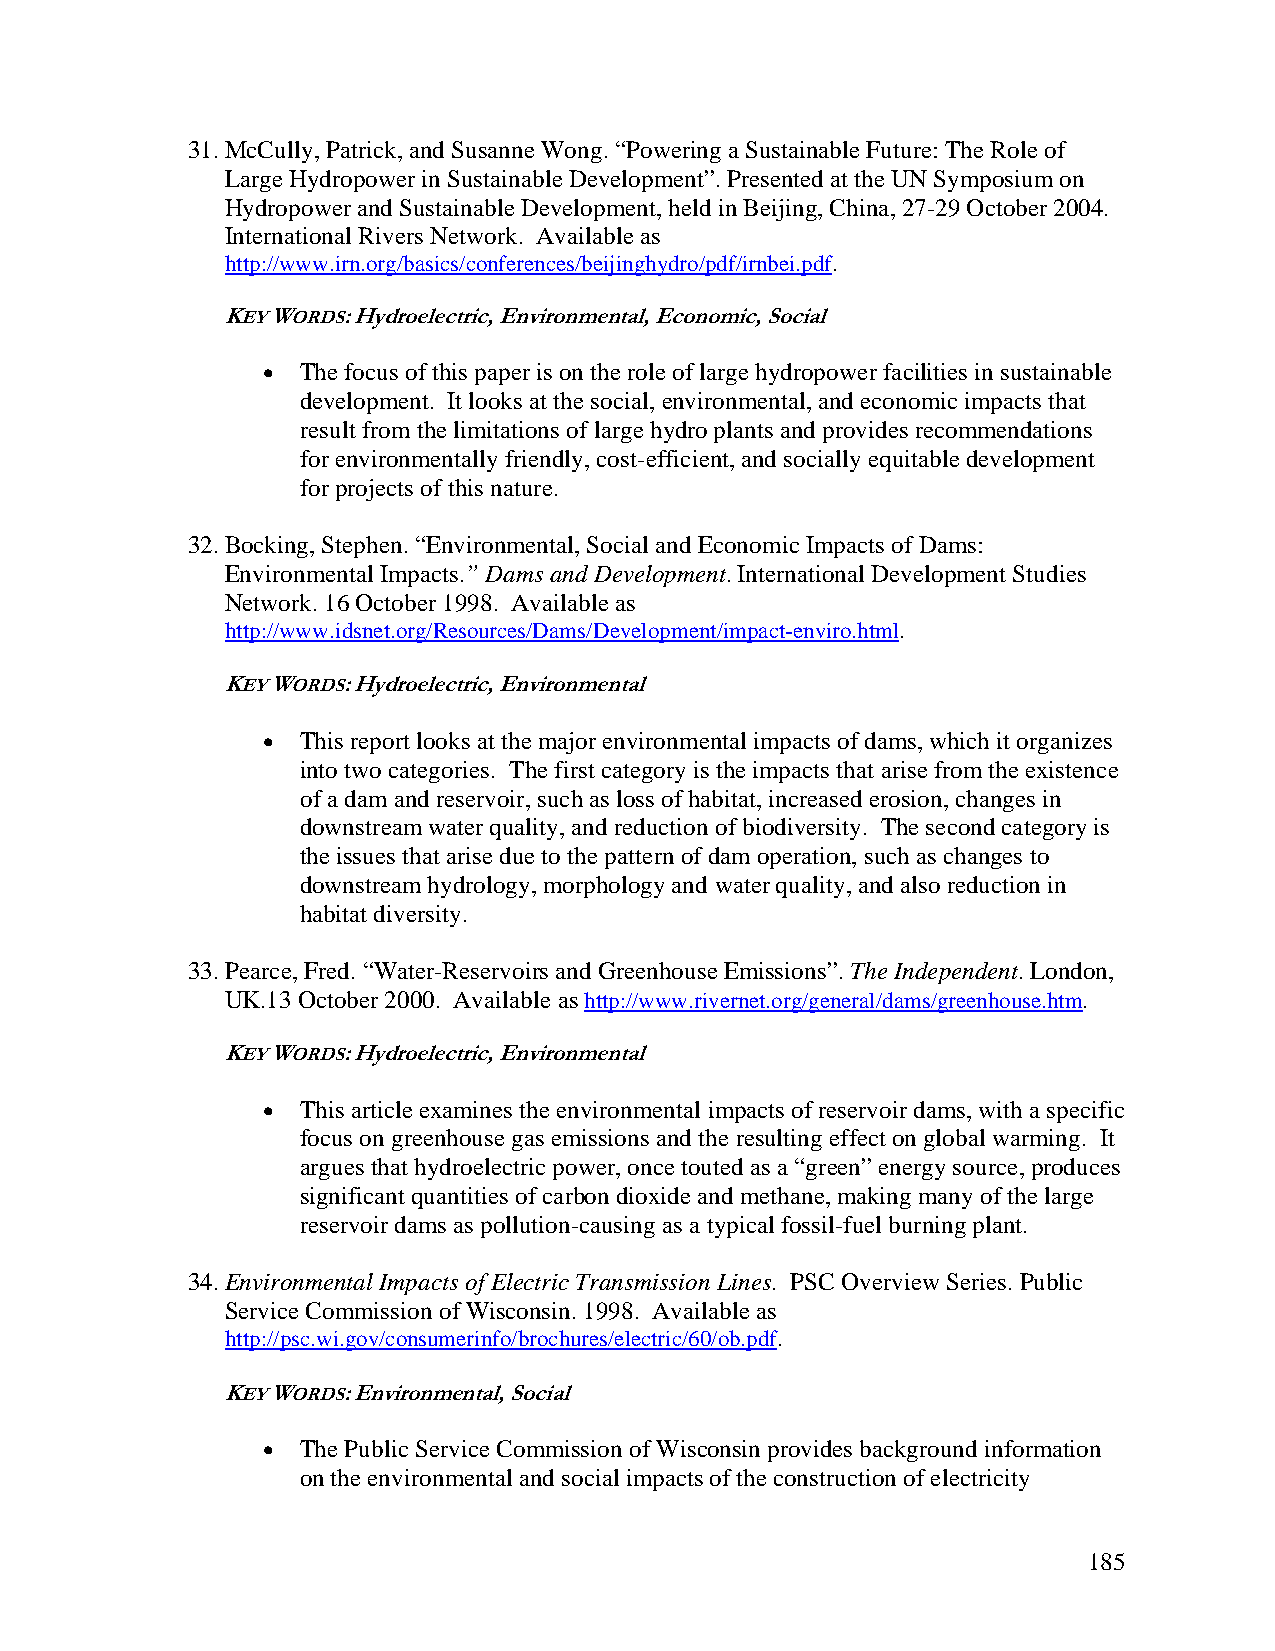
31. McCully, Patrick, and Susanne Wong. “Powering a Sustainable Future: The Role of
 Large Hydropower in Sustainable Development”. Presented at the UN Symposium on
 Hydropower and Sustainable Development, held in Beijing, China, 27-29 October 2004.
 International Rivers Network. Available as
 http://www.irn.org/basics/conferences/beijinghydro/pdf/irnbei.pdf.
 KEY WORDS: Hydroelectric, Environmental, Economic, Social
 •  The focus of this paper is on the role of large hydropower facilities in sustainable
 development. It looks at the social, environmental, and economic impacts that
 result from the limitations of large hydro plants and provides recommendations
 for environmentally friendly, cost-efficient, and socially equitable development
 for projects of this nature.
 32. Bocking, Stephen. “Environmental, Social and Economic Impacts of Dams:
 Environmental Impacts.” Dams and Development. International Development Studies
 Network. 16 October 1998. Available as
 http://www.idsnet.org/Resources/Dams/Development/impact-enviro.html.
 KEY WORDS: Hydroelectric, Environmental
 •  This report looks at the major environmental impacts of dams, which it organizes
 into two categories. The first category is the impacts that arise from the existence
 of a dam and reservoir, such as loss of habitat, increased erosion, changes in
 downstream water quality, and reduction of biodiversity. The second category is
 the issues that arise due to the pattern of dam operation, such as changes to
 downstream hydrology, morphology and water quality, and also reduction in
 habitat diversity.
 33. Pearce, Fred. “Water-Reservoirs and Greenhouse Emissions”. The Independent. London,
 UK.13 October 2000. Available as http://www.rivernet.org/general/dams/greenhouse.htm.
 KEY WORDS: Hydroelectric, Environmental
 •  This article examines the environmental impacts of reservoir dams, with a specific
 focus on greenhouse gas emissions and the resulting effect on global warming. It
 argues that hydroelectric power, once touted as a “green” energy source, produces
 significant quantities of carbon dioxide and methane, making many of the large
 reservoir dams as pollution-causing as a typical fossil-fuel burning plant.
 34. Environmental Impacts of Electric Transmission Lines. PSC Overview Series. Public
 Service Commission of Wisconsin. 1998. Available as
 http://psc.wi.gov/consumerinfo/brochures/electric/60/ob.pdf.
 KEY WORDS: Environmental, Social
 •  The Public Service Commission of Wisconsin provides background information
 on the environmental and social impacts of the construction of electricity
 185